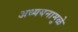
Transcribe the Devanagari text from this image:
अध्ययनामुळे